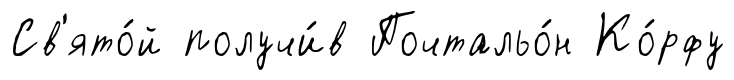
Св'ято́й получи́в Почтальо́н Ко́рфу